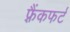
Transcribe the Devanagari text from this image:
फ़्रैंकफर्ट